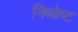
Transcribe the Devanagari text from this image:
निष्चेष्ट